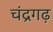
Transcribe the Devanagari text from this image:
चंद्रगढ़